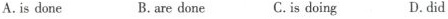
A. is done B. are done C. is doing D. did